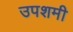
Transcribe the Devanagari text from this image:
उपशमी